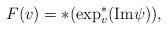
LaTeX: \begin{align*}F(v) = * (\exp_{v}^{*} ({\rm Im} \psi)),\end{align*}